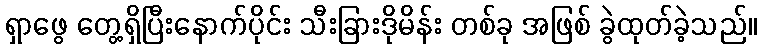
ရှာဖွေ တွေ့ရှိပြီးနောက်ပိုင်း သီးခြားဒိုမိန်း တစ်ခု အဖြစ် ခွဲထုတ်ခဲ့သည်။